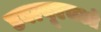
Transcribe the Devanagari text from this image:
डबल्यूएचओ